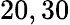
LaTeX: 20,30